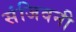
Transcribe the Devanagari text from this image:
संजिवनी